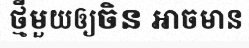
ថ្មីមួយឲ្យចិន អាចមាន